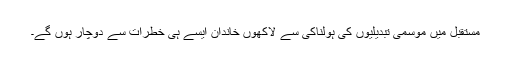
مستقبل میں موسمی تبدیلیوں کی ہولناکی سے لاکھوں خاندان ایسے ہی خطرات سے دوچار ہوں گے۔